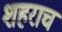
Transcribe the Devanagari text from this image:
शहराच